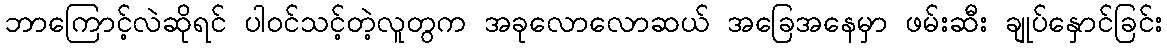
ဘာကြောင့်လဲဆိုရင် ပါဝင်သင့်တဲ့လူတွက အခုလောလောဆယ် အခြေအနေမှာ ဖမ်းဆီး ချုပ်နှောင်ခြင်း